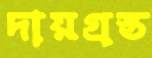
দায়গ্রস্ত